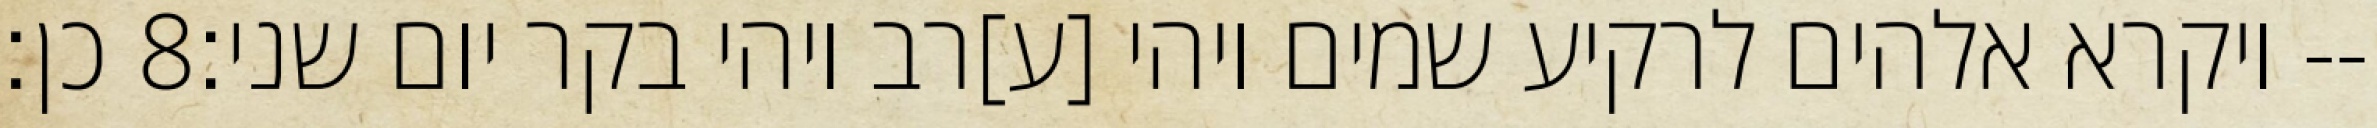
כן׃ ‎8‏ ויקרא אלהים לרקיע שמים ויהי [ע]רב ויהי בקר יום שני׃--